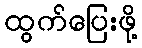
ထွက်ပြေးဖို့